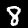
Digit: 8